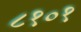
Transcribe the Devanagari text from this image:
८१०१